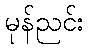
မုန်ညင်း